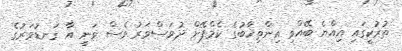
ތުރުކީގައި އިއްޔެ ބޭއްވި އިންތިޚާބުގެ ކެމްޕޭން ދުވަސްވަރު ވެސް ވަނީ އާ ގަނޑުވަރުގެ